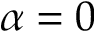
\alpha = 0